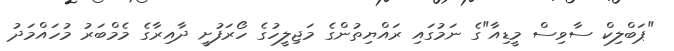
"ޕަބްލިކް ސާވިސް މީޑިއާ"ގެ ނަމުގައި ރައްޔިތުންގެ މަޖިލީހުގެ ހޯރަފުށީ ދާއިރާގެ މެމްބަރު މުހައްމަދު